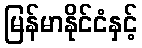
မြန်မာနိုင်ငံနှင့်